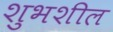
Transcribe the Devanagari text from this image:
शुभशील